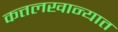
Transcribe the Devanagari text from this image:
कत्तलखान्यात